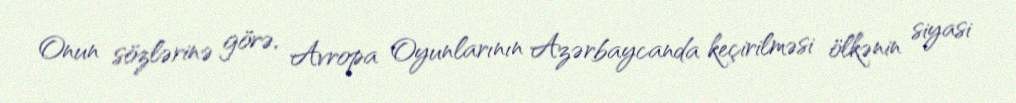
Onun sözlərinə görə, Avropa Oyunlarının Azərbaycanda keçirilməsi ölkənin siyasi